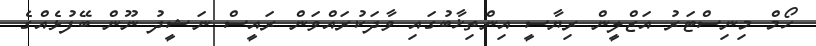
ހޯމް މިނިސްޓަރު އަޒްލީން ރިޔާސީ އިންތިޚާބުގައި ވާދަކުރައްވަން ރައީސް ނަޝީދު ނޫން ބޭފުޅެއްގެ